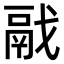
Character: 𩰭